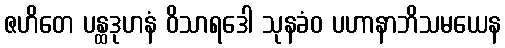
ဇဟိတေ ပန္ထဒုဟနံ ဝိသာရဒေါ သုနခံဝ ပဟာနာဘိသမယေန